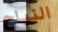
النباح